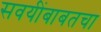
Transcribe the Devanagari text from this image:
सवयींबाबतचा